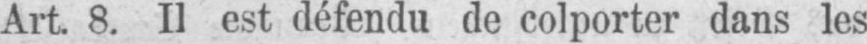
Art 8. Il est défendu de colporter dans les